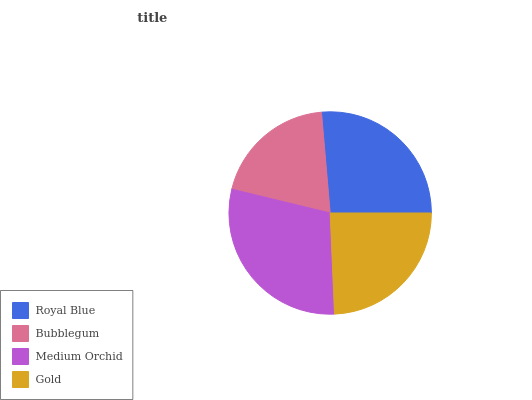
| Royal Blue | Bubblegum | Medium Orchid | Gold |
 | --- | --- | --- | --- |
 | 26.4% | 19.9% | 29.4% | 24.3% |